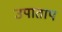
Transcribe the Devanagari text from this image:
उपाताप